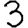
Digit: 3